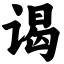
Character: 谒